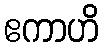
ဧကာဟိ